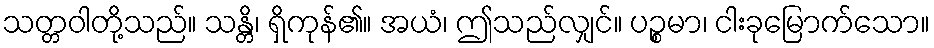
သတ္တဝါတို့သည်။ သန္တိ၊ ရှိကုန်၏။ အယံ၊ ဤသည်လျှင်။ ပဉ္စမာ၊ ငါးခုမြောက်သော။